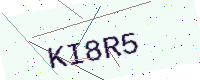
Text: KI8R5